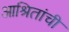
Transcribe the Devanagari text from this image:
आश्रितांची